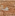
ما